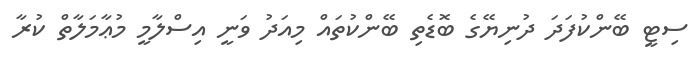
ސިޓީ ބޭންކުފަދަ ދުނިޔޭގެ ބޮޑެތި ބޭންކުތައް މިއަދު ވަނީ އިސްލާމީ މުޢާމަލާތް ކުރާ